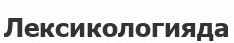
Лексикологияда